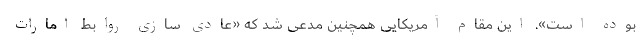
بوده است». این مقام آمریکایی همچنین مدعی شد که «عادی سازی روابط امارات